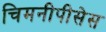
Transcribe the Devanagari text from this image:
चिमनीपीसेस